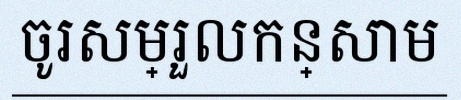
ចូរសម្រួលកន្សោម